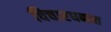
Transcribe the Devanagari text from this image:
विचारधनात